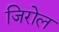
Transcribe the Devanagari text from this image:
जिरोल